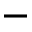
-